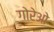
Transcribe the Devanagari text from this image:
गोरेओ